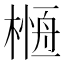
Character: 𣘰